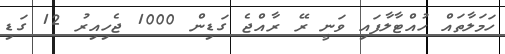
ހަމަލާތައް ހުއްޓާލާފައި ވަނީ ރޭ ރާއްޖެ ގަޑިން 1000 ޖެހިއިރު 12 ގަޑި